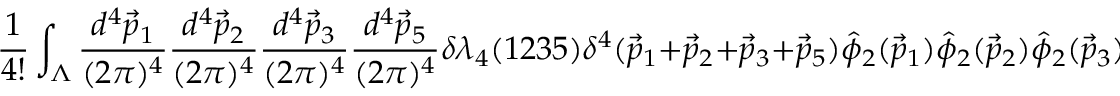
\frac { 1 } { 4 ! } \int _ { { \Lambda } } \frac { d ^ { 4 } \vec { p } _ { 1 } } { ( 2 { \pi } ) ^ { 4 } } \frac { d ^ { 4 } \vec { p } _ { 2 } } { ( 2 { \pi } ) ^ { 4 } } \frac { d ^ { 4 } \vec { p } _ { 3 } } { ( 2 { \pi } ) ^ { 4 } } \frac { d ^ { 4 } \vec { p } _ { 5 } } { ( 2 { \pi } ) ^ { 4 } } { \delta } { \lambda } _ { 4 } ( 1 2 3 5 ) { \delta } ^ { 4 } ( \vec { p } _ { 1 } + \vec { p } _ { 2 } + \vec { p } _ { 3 } + \vec { p } _ { 5 } ) \hat { \phi } _ { 2 } ( \vec { p } _ { 1 } ) \hat { \phi } _ { 2 } ( \vec { p } _ { 2 } ) \hat { \phi } _ { 2 } ( \vec { p } _ { 3 } ) \hat { \phi } _ { 2 } ( \vec { p } _ { 5 } ) .